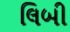
લિબી